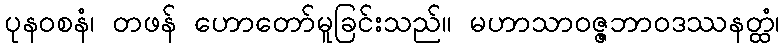
ပုနဝစနံ၊ တဖန် ဟောတော်မူခြင်းသည်။ မဟာသာဝဇ္ဇဘာဝဒဿနတ္ထံ၊